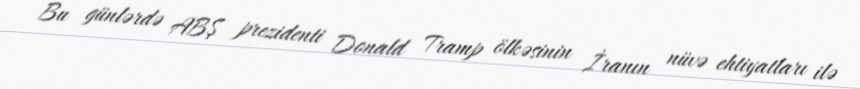
Bu günlərdə ABŞ prezidenti Donald Tramp ölkəsinin İranın nüvə ehtiyatları ilə